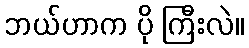
ဘယ်ဟာက ပို ကြီးလဲ။